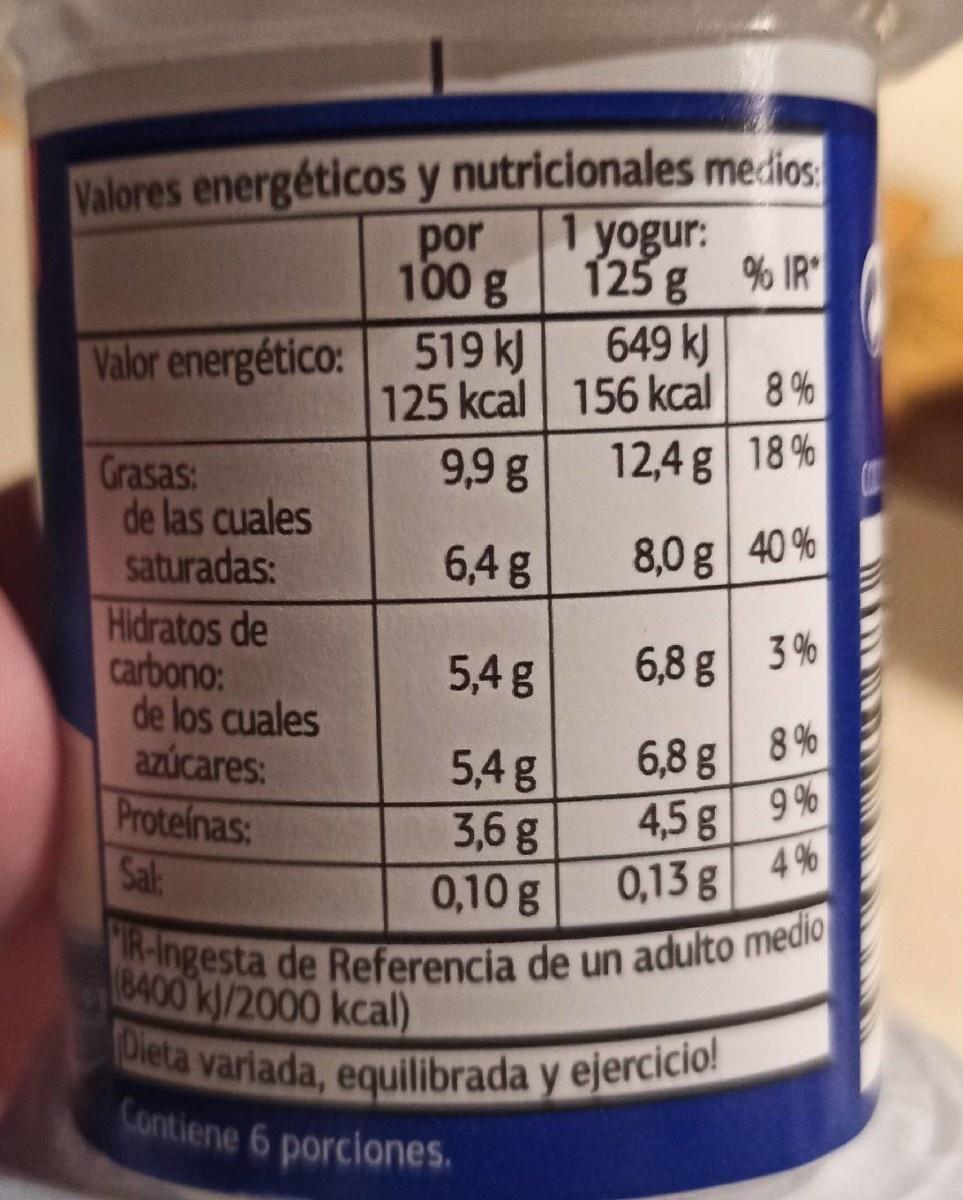
Valores energéticos y nutricionales medios
por 100 g
1 yogur: 125 g % IR 649 kJ
Valor energético: 519 kJ
125 kcal 156 kcal 8%
9,9 g
12,4 g 18%
Grasas: de las cuales saturadas: Hidratos de carbono: de los cuales azúcares: Proteinas: Sal:
6,4 g
8,0 g 40 %
5,4 g
6,8 g
6,8 g 8% 9 %
5,4g 3,6 g 0,10 g
4,5g 4% 0,13 g
R-Ingesta de Referencia de un adulto medio 8400 k/2000 kcal)
Dieta variada, equilibrada y ejercicio!
Contiene 6 porciones.
3.
bo